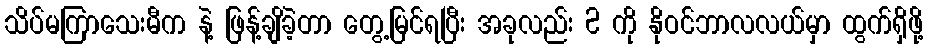
သိပ်မကြာသေးမီက နဲ့ ဖြန့်ချိခဲ့တာ တွေ့မြင်ရပြီး အခုလည်း 2 ကို နိုဝင်ဘာလလယ်မှာ ထွက်ရှိဖို့